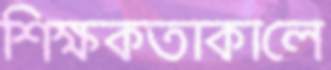
শিক্ষকতাকালে